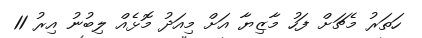
ހަތަރު މެޗަށް ފަހު މާޒިޔާ އަށް މިއަދު މޮޅެއް ލިބުނު އިރު 11